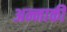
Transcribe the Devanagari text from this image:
अन्नाकी